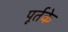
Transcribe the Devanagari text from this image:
पूर्तके